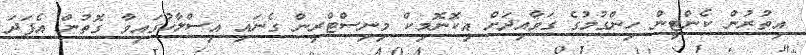
އިތުރުން ކެންޓީން ހިންގުމުގެ ގަވާއިދަށް އިކޮނޮމިކް މިނިސްޓްރީން ގެނައި އިސްލާހުގައިވާ ގޮތުން އެފަދަ